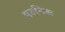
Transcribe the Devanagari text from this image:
पठनिक